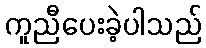
ကူညီပေးခဲ့ပါသည်